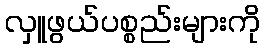
လှူဖွယ်ပစ္စည်းများကို